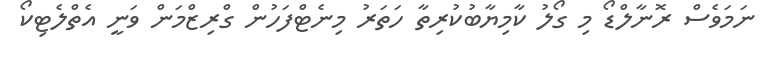
ނަމަވެސް ރޮނާލްޑޯ މި ގޯލު ކާމިޔާބުކުރިތާ ހަތަރު މިނެޓްފަހުން ގްރިޒްމަން ވަނީ އެތްލެޓިކޯ